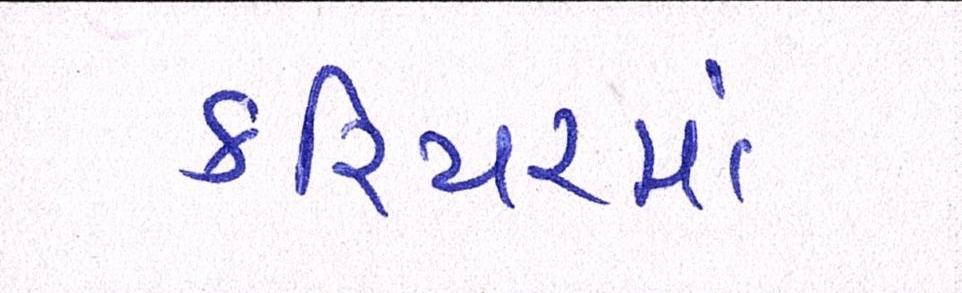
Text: કરિયરમાં